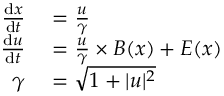
\begin{array} { r l } { \frac { \mathrm { d } x } { \mathrm { d } t } } & { { } = \frac { u } { \gamma } } \\ { \frac { \mathrm { d } u } { \mathrm { d } t } } & { { } = \frac { u } { \gamma } \times B ( x ) + E ( x ) } \\ { \gamma } & { { } = \sqrt { 1 + | u | ^ { 2 } } } \end{array}